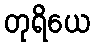
တုရိယေ